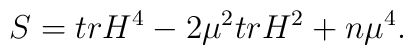
S = trH^{4} -2{\mu}^{2} trH^{2} +n{\mu}^{4}.